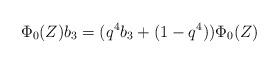
LaTeX: \begin{align*}\Phi_{0} (Z)b_3 = (q^{4} b_3 + (1-q^{4}))\Phi_0(Z)\end{align*}